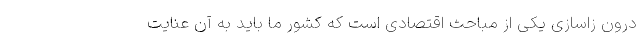
درون­ زا­سازی یکی از مباحث اقتصادی است که کشور ما باید به آن عنایت